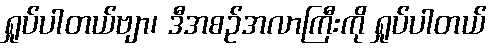
ရှုပ်ပါတယ်ဗျာ၊ ဒီအစဉ်အလာကြီးကို ရှုပ်ပါတယ်